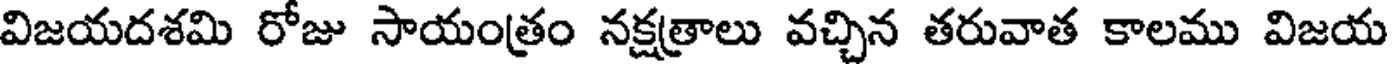
విజయదశమి రోజు సాయంత్రం నక్షత్రాలు వచ్చిన తరువాత కాలము విజయ